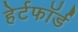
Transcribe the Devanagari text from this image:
हेर्टफाॅर्ड